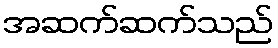
အဆက်ဆက်သည်